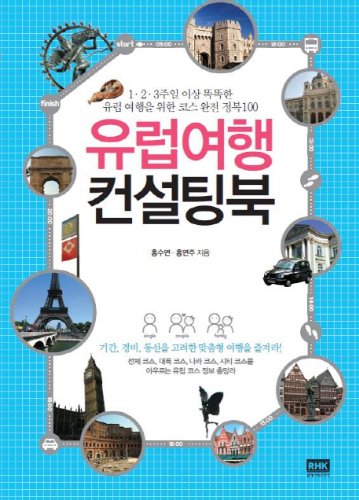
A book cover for European Travel Consulting North (Korean edition); Travel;